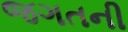
જગતની